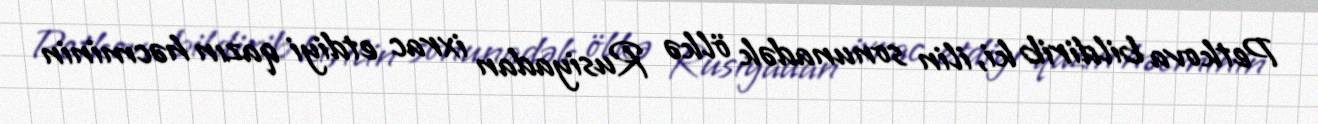
Petkova bildirib ki, ilin sonunadək ölkə Rusiyadan ixrac etdiyi qazın həcminin